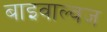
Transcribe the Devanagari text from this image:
बाइवाल्वज